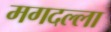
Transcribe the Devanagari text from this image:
मगदल्ला